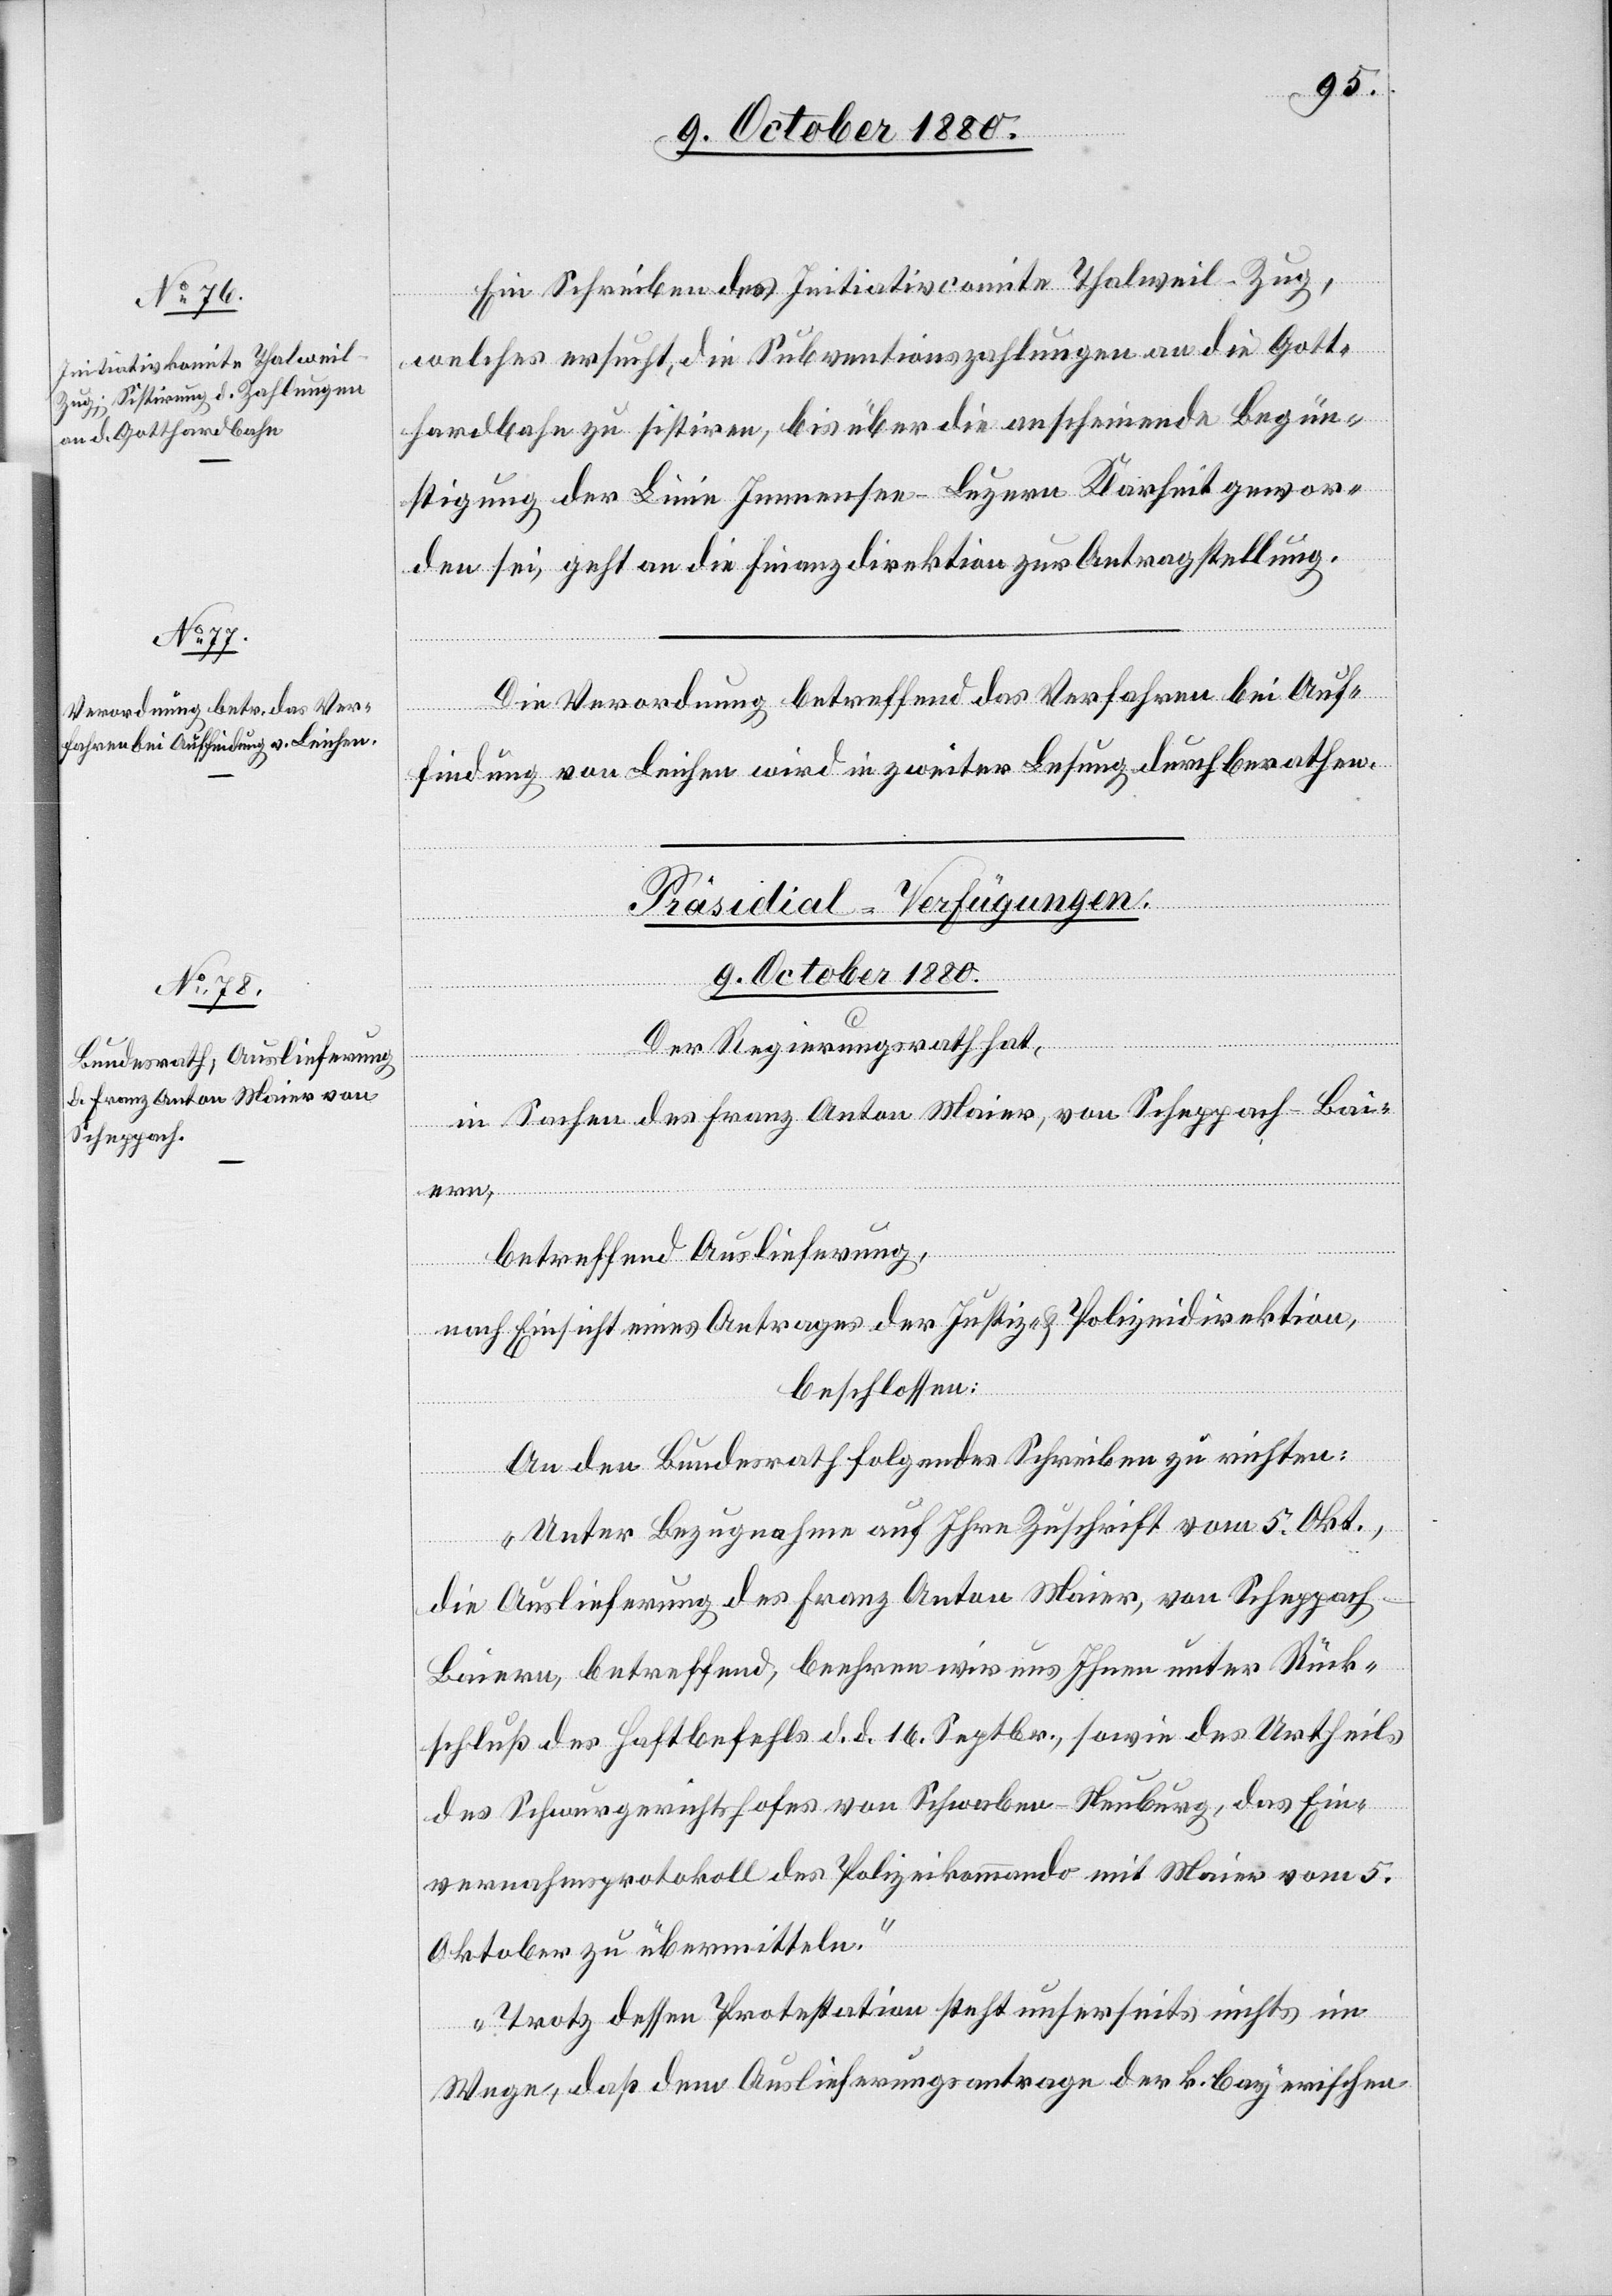
Ein Schreiben des Initiativkomite Thalweil–Zug,
welches ersucht, die Subventionszahlungen an die Gott¬
hardbahn zu sistiren, bis über die anscheinende Begün¬
stigung der Linie Innensee–Luzern Klarheit gewor¬
den sei, geht an die Finanzdirektion zur Antragstellung.
Die Verordnung betreffend das Verfahren bei Auf¬
findung von Leichen wird in zweiter Lesung durchberathen.
Präsidial-Verfügung.
9. October 1880.
Der Regierungsrath hat,
in Sachen des Franz Anton Maier, von Scheppach - Ba¬
iern,
betreffend Auslieferung,
nach Einsicht eines Antrages der Justiz- & Polizeidirektion,
beschlossen:
An den Bundesrath folgendes Schreiben zu richten:
„Unter Bezugnahme auf Ihre Zuschrift vom 5. Okt.,
die Auslieferung des Franz Anton Maier, von Scheppach
Baiern, betreffend, beehren wir uns Ihnen unter Rück¬
schluß des Haftbefehls d. d. 16. Septbr., sowie des Urtheils
des Schwurgerichtshofes von Schwaben - Neuburg, das Ein¬
vernahmsprotokoll des Polizeikommando mit Maier vom 5.
Oktober zu übermitteln.
Trotz dessen Protestation steht unserseits nichts im
Wege, daß dem Auslieferungsantrage der k. bayerischen